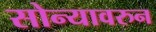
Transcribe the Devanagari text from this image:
सोन्यावरुन